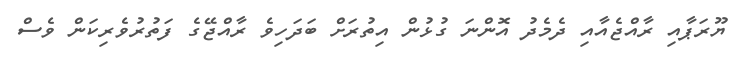
ޔޫރަޕާއި ރާއްޖެއާއި ދެމެދު އޮންނަ ގުޅުން އިތުރަށް ބަދަހިވެ ރާއްޖޭގެ ފަތުރުވެރިކަން ވެސް